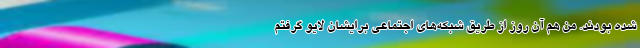
شده بودند. من هم آن روز از طریق شبکه‌های اجتماعی برایشان لایو گرفتم